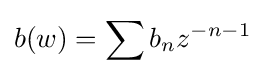
b(w)=\sum b_{n}z^{-n-1}